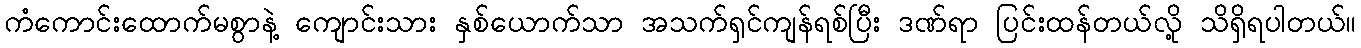
ကံကောင်းထောက်မစွာနဲ့ ကျောင်းသား နှစ်ယောက်သာ အသက်ရှင်ကျန်ရစ်ပြီး ဒဏ်ရာ ပြင်းထန်တယ်လို့ သိရှိရပါတယ်။